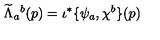
\widetilde \Lambda _ { a } { } ^ { b } ( p ) = \iota ^ { * } \{ \psi _ { a } , \chi ^ { b } \} ( p )